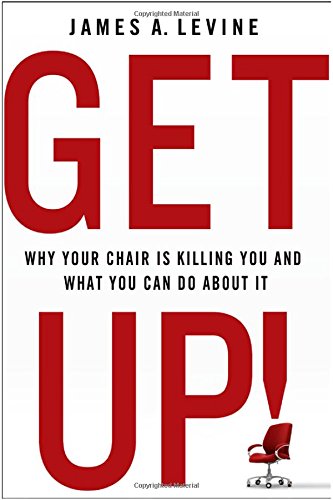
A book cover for Get Up!: Why Your Chair is Killing You and What You Can Do About It; James A. Levine; Health, Fitness & Dieting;